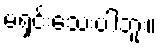
မရှင်းသေးပါဘူး။